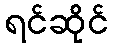
ရင်ဆိုင်